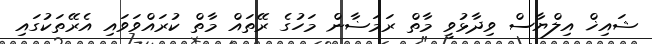
ޝައިޚް އިލްޔާސް ވިދާޅުވީ މާތް ރަމަޟާން މަހުގެ ރޭތައް މާތް ކުރައްވަވައި އެރޭތަކުގައި